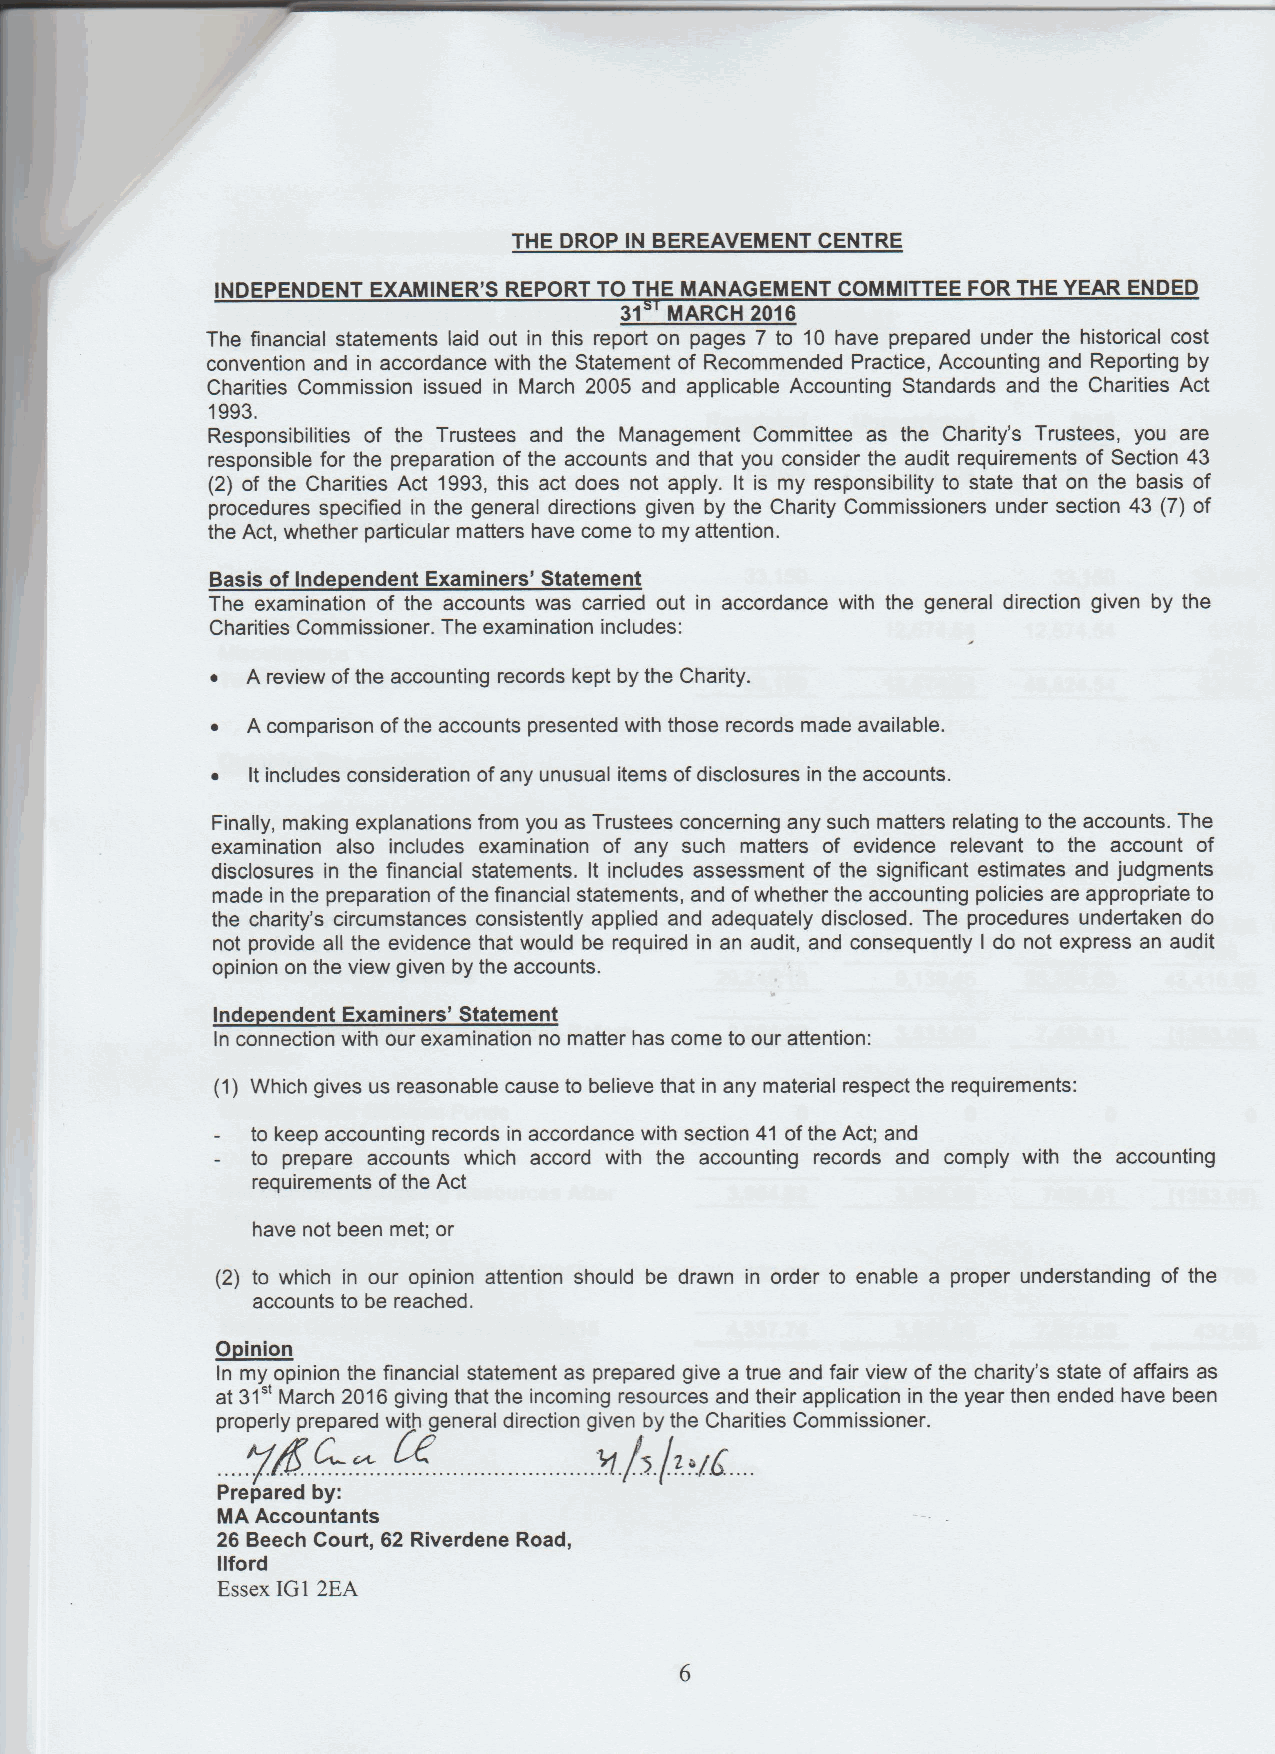
THE DROP IN BEREAVEMENT CENTRE
 INDEPENDENT EXAMINER'S REPORT TO THE MANAGEMENT COMMITTEE FOR THE YEAR ENDED
 31 MARCH 2016
 The financial statements laid out in this report on pages 7 to 10 have prepared under the historical cost
 convention and in accordance with the Statement of Recommended Practice, Accounting and Reporting by
 Charities Commission issued in March 2005 and applicable Accounting Standards and the Charities Act
 1993.
 Responsibilities of the Trustees and the Management Committee as the Charity's Trustees, you are
 responsible for the preparation of the accounts and that you consider the audit requirements of Section 43
 (2) of the Charities Act 1993,this act does not apply. It is my responsibility to state that on the basis of
 procedures specified in the general directions given by the Charity Commissioners under section 43 (7) of
 the Act, whether particular matters have come to my attention.
 Basis ofInde endent Examiners' Statement
 The examination of the accounts was carried out in accordance with the general direction given by the
 Charities Commissioner. The examination includes:
 ~ A review ofthe accounting records kept by the Charity.
 ~ A comparison ofthe accounts presented with those records made available.
 ~ It includes consideration ofany unusual items ofdisclosures in the accounts.
 Finally, making explanations from you as Trustees concerning any such matters relating to the accounts. The
 examination also includes examination of any such matters of evidence relevant to the account of
 disclosures in the financial statements. It includes assessment of the significant estimates and judgments
 made in the preparation ofthe financial statements, and ofwhether the accounting policies are appropriate to
 the charity's circumstances consistently applied and adequately disclosed. The procedures undertaken do
 not provide all the evidence that would be required in an audit, and consequently I do not express an audit
 opinion on the view given by the accounts.
 Inde endent Examiners' Statement
 In connection with our examination no matter has come to our attention:
 (1) Which gives us reasonable cause to believe that in any material respect the requirements:
 to keep accounting records in accordance with section 41 ofthe Act; and
 to prepare accounts which accord with the accounting records and comply with the accounting
 requirements ofthe Act
 have not been met; or
 (2) to which in our opinion attention should be drawn in order to enable a proper understanding of the
 accounts to be reached.
 ~Oinion
 In my opinion the financial statement as prepared give a true and fair view ofthe charity's state of affairs as
 at 31" March 2016giving that the incoming resources and their application in the year then ended have been
 properly prepared with general direction given by the Charities Commissioner.
 //*  J
 Prepared by:
 MA Accountants
 26 Beech Court, 62 Riverdene Road,
 Ilford
 Essex IGI 2EA